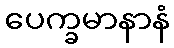
ပေက္ခမာနာနံ